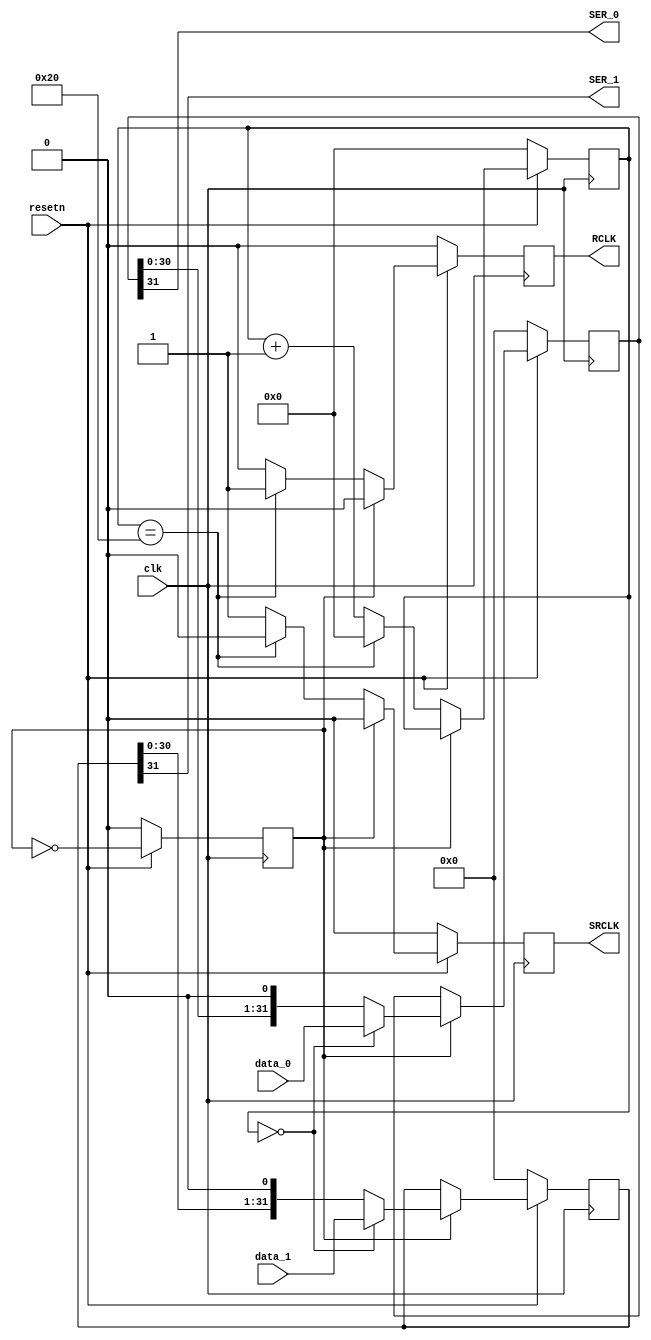
module driver_74lv595 (
    input  clk,
    input  resetn,

    input  [31:0] data_0,
    input  [31:0] data_1,

    output RCLK,            // storage register clock
    output SRCLK,           // shift register clock

    output SER_0,           // serial output
    output SER_1            // serial output
);

reg serial_clk;
reg shift_clk;
reg store_clk;

reg [ 5:0] cnt;

reg [31:0] data_0_r;
reg [31:0] data_1_r;

always @(posedge clk) begin
    if (~resetn) begin
        serial_clk <= 1'b0;
    end else begin
        serial_clk <= ~serial_clk;
    end
end

always @(posedge clk) begin
    if (~resetn) begin
        cnt <= 6'd0;
    end else if (!serial_clk) begin
        if (cnt == 6'd32) begin
            cnt <= 6'd0;
        end else begin
            cnt <= cnt + 6'd1;
        end
    end
end

always @(posedge clk) begin
    if (~resetn) begin
        shift_clk <= 1'b0;
    end else if (serial_clk) begin
        shift_clk <= 1'b0;
    end else begin
        if (cnt == 6'd32) begin
            shift_clk <= 1'b0;
        end else begin
            shift_clk <= 1'b1;
        end
    end
end

always @(posedge clk) begin
    if (~resetn) begin
        store_clk <= 1'b0;
    end else if (serial_clk) begin
        store_clk <= 1'b0;
    end else begin
        if (cnt == 6'd32) begin
            store_clk <= 1'b1;
        end else begin
            store_clk <= 1'b0;
        end
    end
end

always @(posedge clk) begin
    if (~resetn) begin
        data_0_r <= 32'd0;
        data_1_r <= 32'd0;
    end else if (serial_clk) begin
        if (cnt == 6'd0) begin
            data_0_r <= data_0;
            data_1_r <= data_1;
        end else begin
            data_0_r <= {data_0_r[30:0], 1'b0};
            data_1_r <= {data_1_r[30:0], 1'b0};
        end
    end
end

assign RCLK = store_clk;
assign SRCLK = shift_clk;
assign SER_0 = data_0_r[31];
assign SER_1 = data_1_r[31];

endmodule